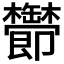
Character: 𬅔